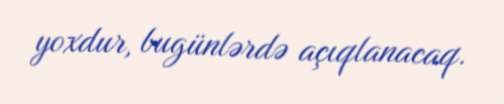
yoxdur, bugünlərdə açıqlanacaq.